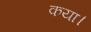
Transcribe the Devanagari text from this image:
कया।